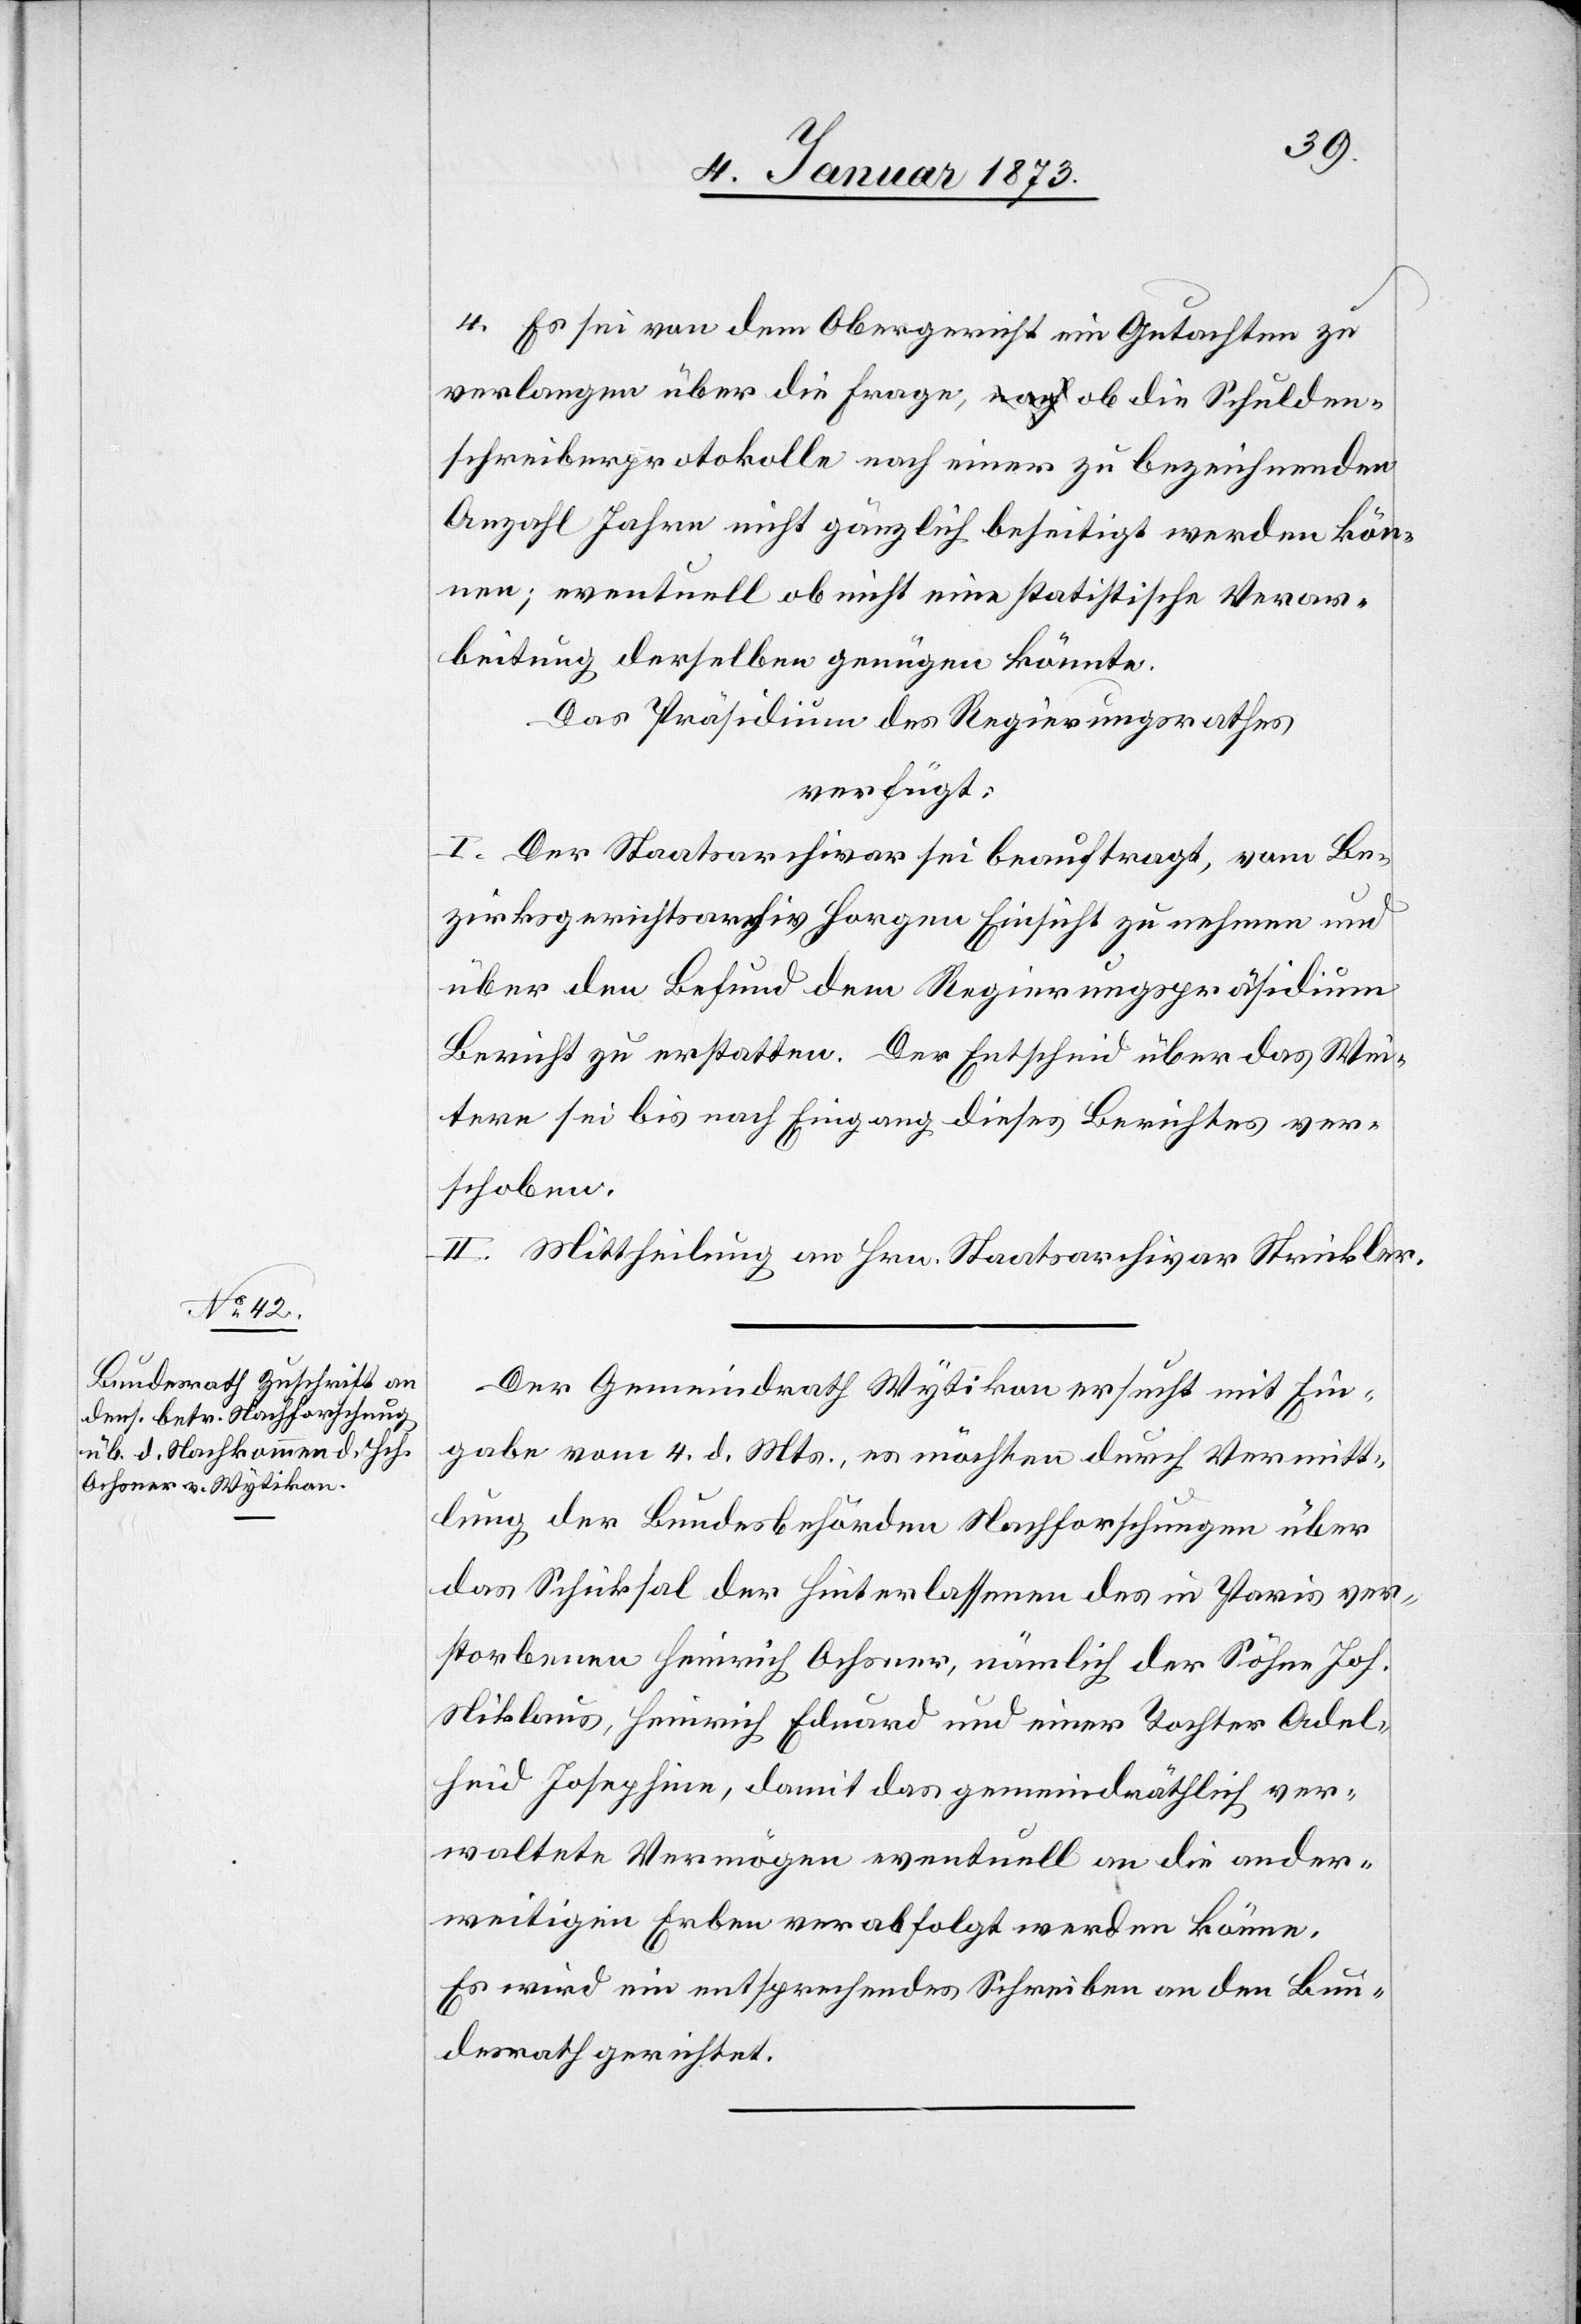
7. Januar 1873]
4. So sei von dem Obergericht ein Gutachten zu
verlangen über die Frage, ob die Schulden¬
schreiberprotokolle nach einer zu bezeichnenden
Anzahl Jahre nicht gänzlich beseitigt werden kön¬
nen; eventuell ob nicht eine statistische Verar¬
beitung derselben genügen könnte.
Das Präsidium des Regierungsrathes
verfügt:
I. Der Staatsarchivar sei beauftragt, vom Be¬
zirksgerichtsarchiv Horgen Einsicht zu nehmen und
über den Befund dem Regierungspräsidium
Bericht zu erstellen. Der Entscheid über das Wei¬
tere sei bis nach Eingang dieses Berichtes ver¬
schoben.
II. Mittheilung an Hrn. Staatsarchivar Strickler.
Der Gemeindrath Wytikon ersucht mit Ein¬
gabe vom 4. d. Mts., es möchten durch Vermitt¬
lung der Bundesbehörden Nachforschungen über
das Schicksal der hinterlassenen des in Paris ver¬
storbenen Heinrich Ochsner, nämlich der Söhne Joh.
Niklaus, Heinrich Eduard und einer Tochter Andel¬
heid Josephine, damit das gemeindräthlich ver¬
waltete Vermögen eventuell an die ander¬
weitigen Erben verabfolgt werden könne.
So wird ein entsprechendes Schreiben an den Bun¬
desrath gerichtet.